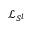
\mathcal { L } _ { S ^ { l } }